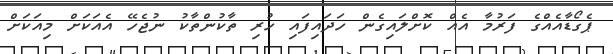
ޕެގޯޑާއެއްގެ ފަރުމާ އެއް ކޮށްލައިގެން ހަދައިފައި ހުރި ތާކުންތާކު ނުޖެހޭ އެއަކަށް މިއަކަށް